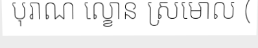
បុរាណ ល្ខោន ស្រមោល (